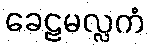
ခေဠမလ္လကံ